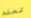
تعلم